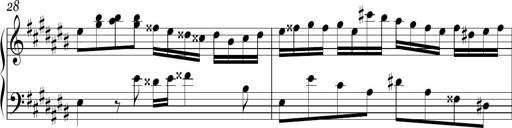
Title: Ten Piano Sonatinas
Composer: Andreas Sain